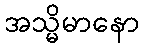
အသ္မိမာနော